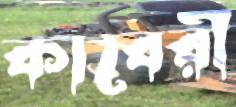
কাবেরী